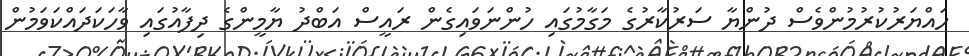
ހައްޔަރުކުރުމުންވެސް ދުންޔާ ސަރުކާރުގެ މަގާމުގައި ހުންނަވައިގެން ރައީސް އަބްދު ޔާމީންގެ ދިފާއުގައި ވާހަކަދައްކަވަމުން